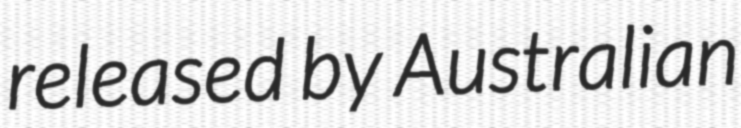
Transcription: released by Australian